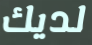
لديك